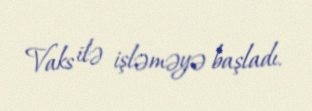
Vaks ilə işləməyə başladı.